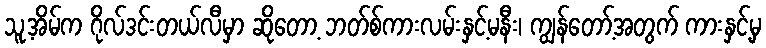
သူ့အိမ်က ဂိုလ်ဒင်းတယ်လီမှာ ဆိုတော့ ဘတ်စ်ကားလမ်းနှင့်မနီး၊ ကျွန်တော့်အတွက် ကားနှင့်မှ